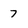
Character: 7